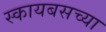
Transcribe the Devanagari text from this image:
स्कायबसच्या